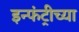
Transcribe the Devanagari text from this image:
इन्फंट्रीच्या